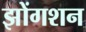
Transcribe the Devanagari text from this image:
झोंगशन